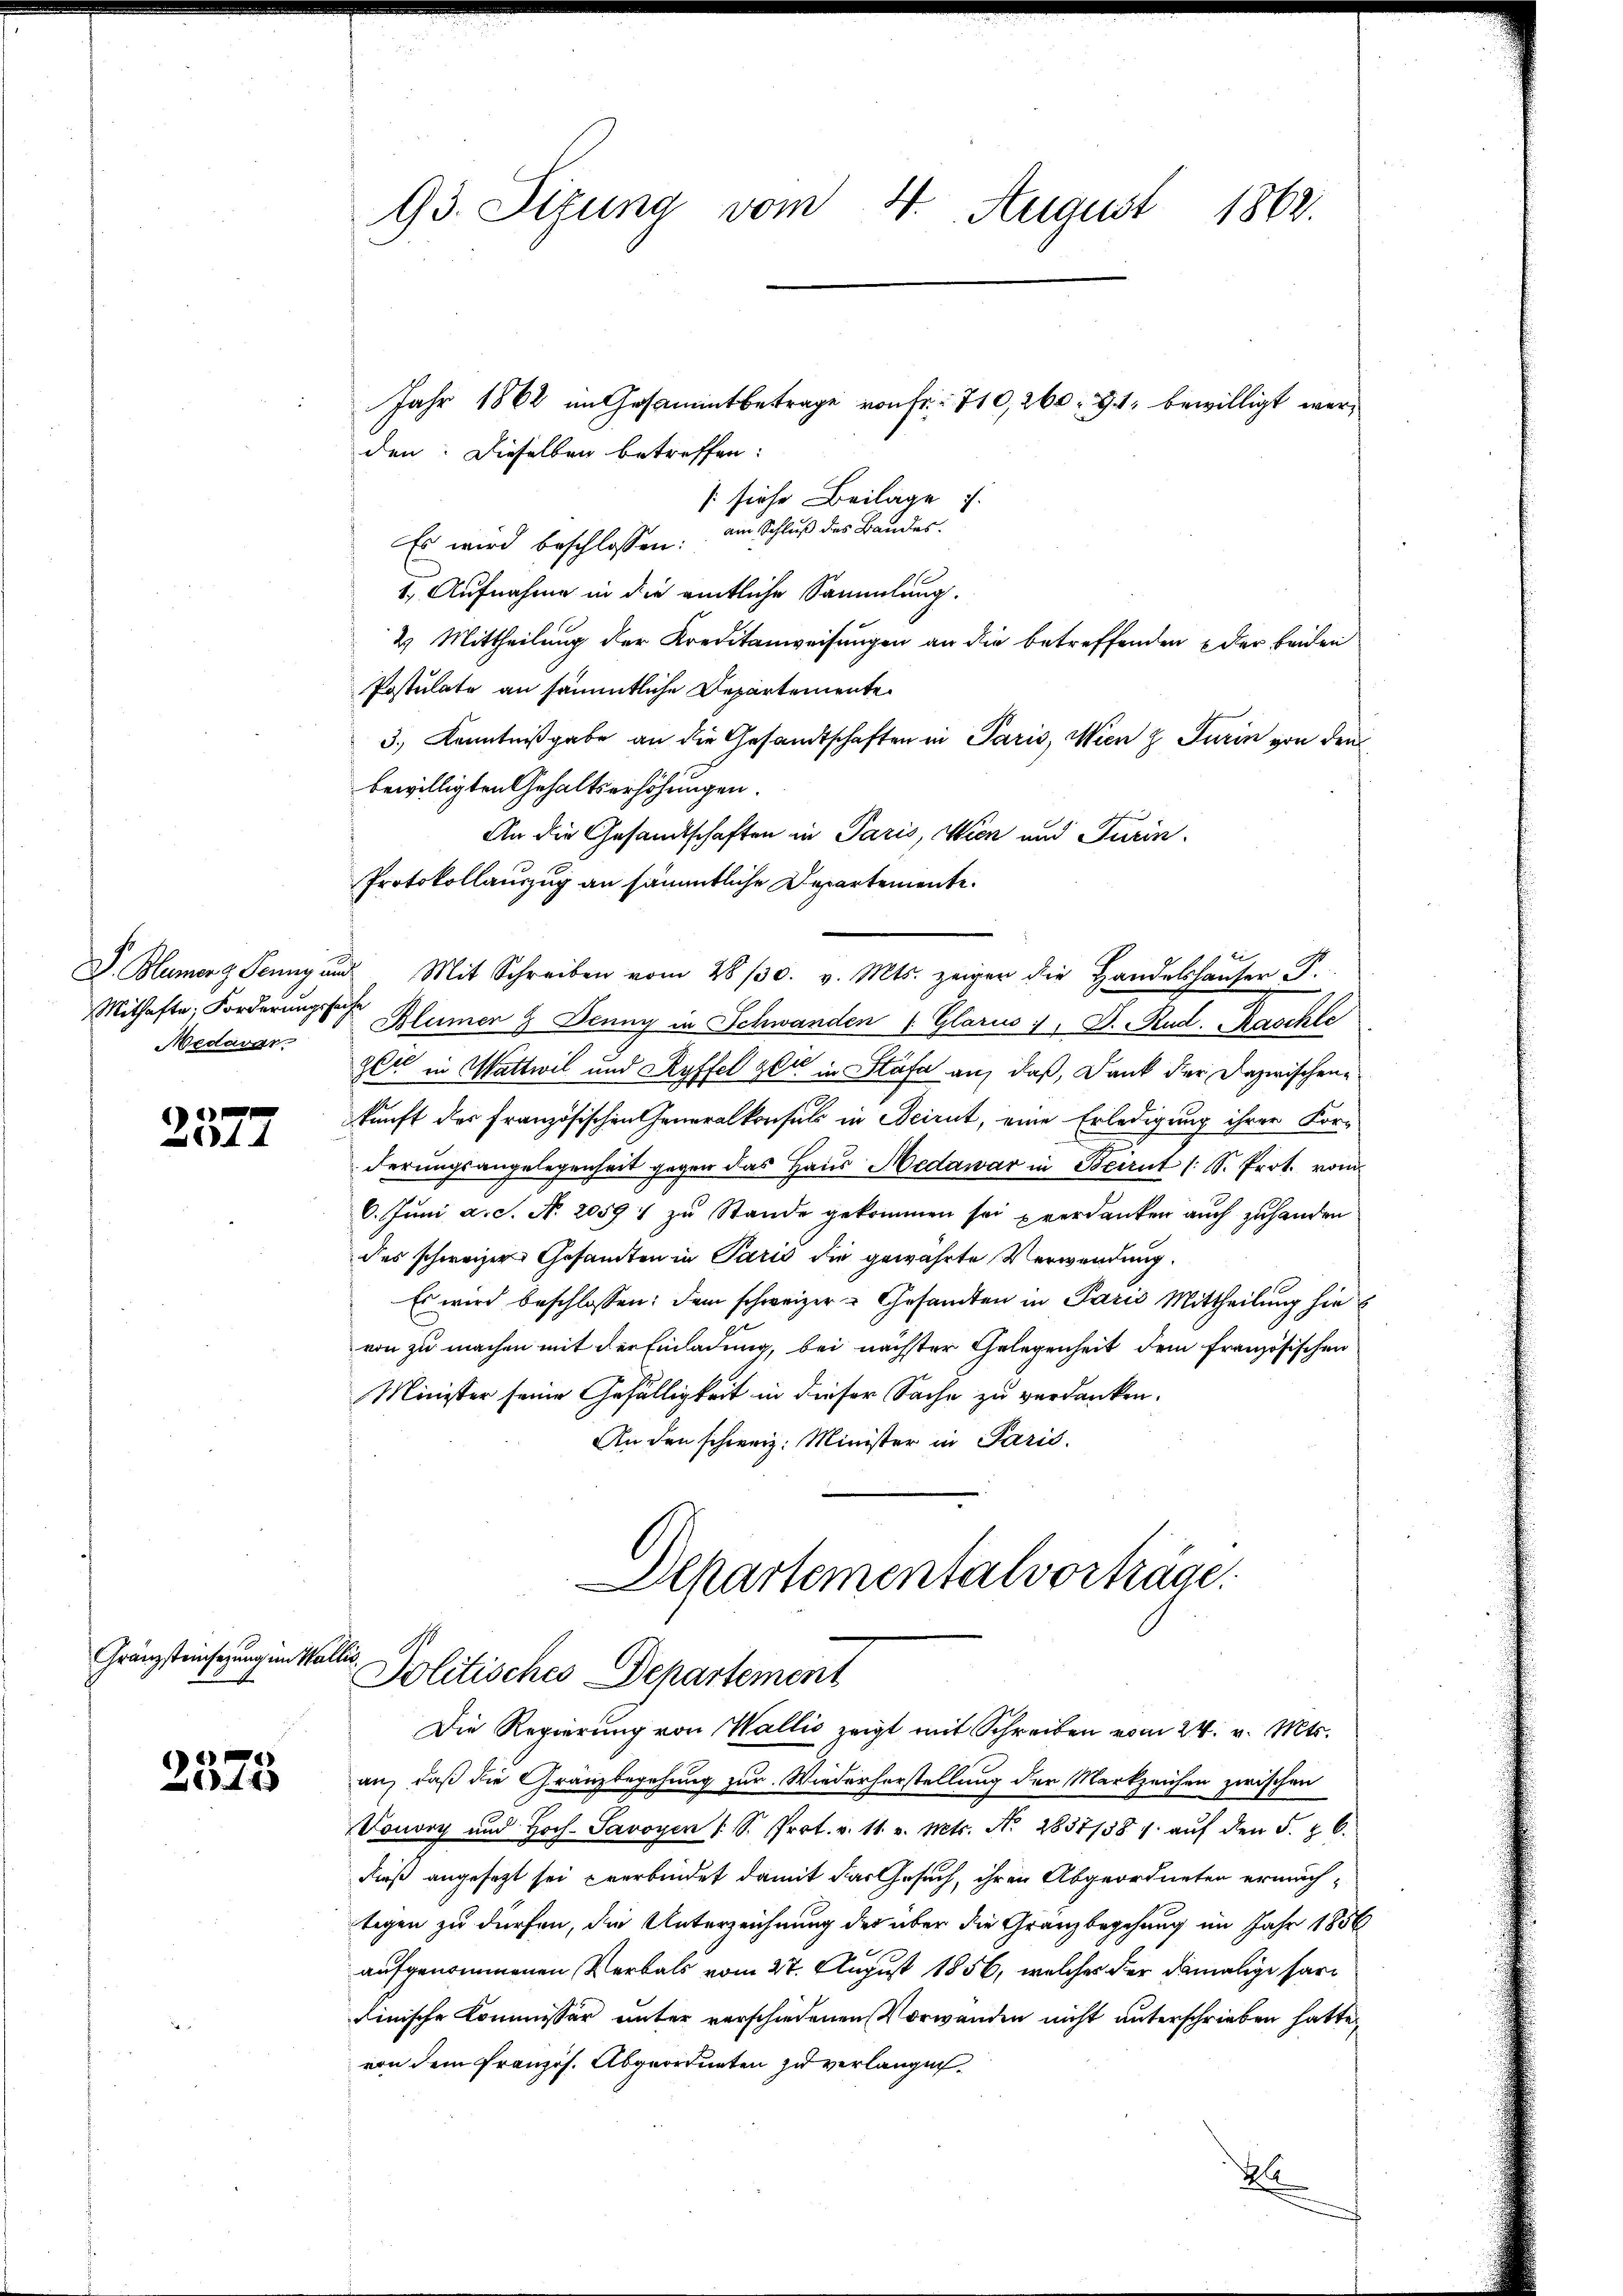
Mithafte, Forderungssache
Medaver

2577

Gränzsteinhegung im Wallis.

6
14

93. Sitzung vom 4. August 1862.

Jahr 1862 im Gesammtbetrage von Fr. 710,260. 91. bewilligt werd
den: Dieselben betreffen:
[siehe Beilage i
am Schluß des Bandes.
Es wird beschlossen:
1. Aufnahme in die amtliche Sammlung.
2 Mittheilung der Kreditanweisungen an die betreffenden oder beiden
Postulate an sämmtliche Departemente
3., Kenntnißgabe an die Gesandtschaften in Paris, Wien & Turin von den
bewilligten Gehaltserhöhungen.
An die Gesandtschaften in Paris, Wien und Turin.
Protokollauszug an sämmtliche Departemente.
D. Blumerg Jenny und Mit Schreiben vom 28/30. v. Mts. zeiger die Handelshaŭser F.
Blümer & Denny in Schwanden Glarus 1, D. Rud. Kaschle
zer in Wattwil und Ryffel gli in Stäfa an, daß, Dank der Dazwischenkunft des französischen Generalkonsuls in Acirnt, eine Erledigung ihrer Kor-
derungsangelegenheit gegen das Haus Medawar in Beirut /: S. Prot. vom
6. Juni a. S. N. 20591 zu Stande gekommen sei verdanken auch zuhanden
des schweizer Gesamten in Paris die gewährte Verwendung.
Es wird beschlossen: dem schweizer Gesandten in Paris Mittheilung hie
von zu machen mit der Einladung, bei nächster Gelegenheit dem französischen
Minister seine Gefälligkeit in dieser Sache zu verdanken.
An den schweiz. Minister in Paris.
Dchartementalvorträge.
Politisches Departement
Die Regierung von Wallis zeigt mit Schreiben vom 24. v. Mts.
an, daß die Gränzbegehung zur Wiederherstellung der Markzeichen zwischen
Vonorp und Hoch-Savoyen 1 S. Prot. v. 11. v. Mts. N. 2837/38 / aŭf den 5. & 6.
dieß angesezt sei verbindet damit das Gesuch, ihren Abgeordneten ermächtigen zu dürfen, die Unterzeichnung der über die Granzbegehung im Jahr 1856
aufgenommenen Verbals vom 27. August 1856, welches der damalige hardinische Kommissär unter verschiedenen Vorwanden nicht unterschrieben hatte,
von dem französ. Abgeordneten zu verlangen.
M